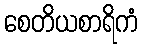
စေတိယစာရိကံ